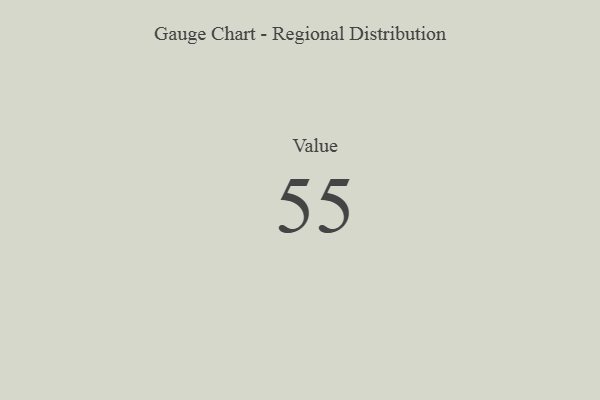
{"axis": {"x": "Metric", "y": "Value"}, "legend": [""], "data": [{"x": "Value", "y": 55, "type": ""}]}